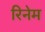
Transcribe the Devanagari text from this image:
रिनेम